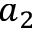
a _ { 2 }